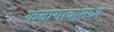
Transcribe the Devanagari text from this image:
कनागावामध्ये